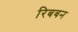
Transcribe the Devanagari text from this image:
रिबबन